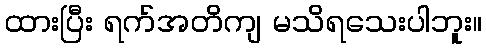
ထားပြီး ရက်အတိကျ မသိရသေးပါဘူး။